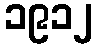
၁၉၁၂